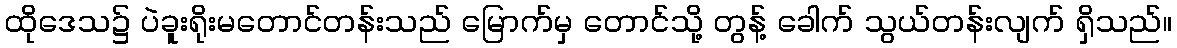
ထိုဒေသ၌ ပဲခူးရိုးမတောင်တန်းသည် မြောက်မှ တောင်သို့ တွန့် ခေါက် သွယ်တန်းလျက် ရှိသည်။